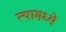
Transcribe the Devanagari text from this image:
त्‍यामध्‍ये